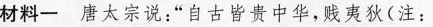
材料一 唐太宗说：”自古皆贵中华，贱夷狄(注：